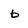
Character: b